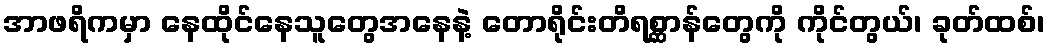
အာဖရိကမှာ နေထိုင်နေသူတွေအနေနဲ့ တောရိုင်းတိရစ္ဆာန်တွေကို ကိုင်တွယ်၊ ခုတ်ထစ်၊